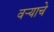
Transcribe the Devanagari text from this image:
वर्‍याचे